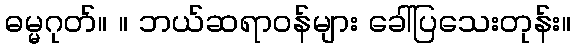
ဓမ္မဂုတ်။ ။ ဘယ်ဆရာဝန်များ ခေါ်ပြသေးတုန်း။